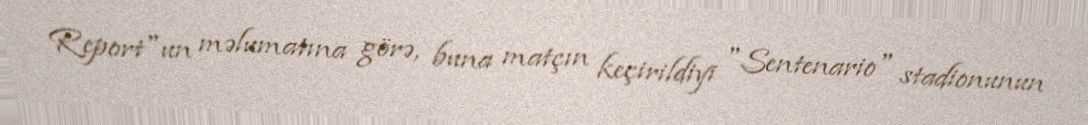
Report"un məlumatına görə, buna matçın keçirildiyi "Sentenario" stadionunun